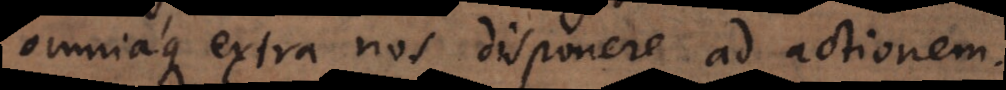
omniaque extra nos disponere ad actionem.